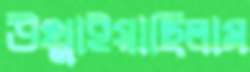
উথ্‌লাইয়াছিলাম